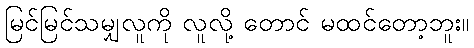
မြင်မြင်သမျှလူကို လူလို့ တောင် မထင်တော့ဘူး။